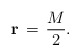
\begin{align*}{\bf r} \,=\,\frac{M}{2}.\end{align*}